Lunatic asylums Madras 1892-1911 - 1892-1911
Year: 1892
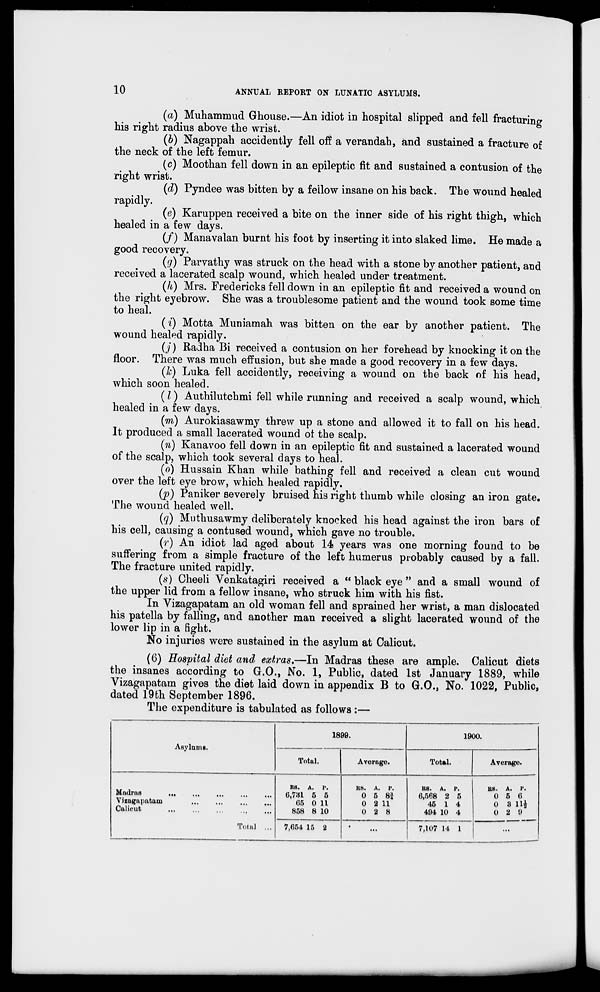
10
ANNUAL REPORT ON LUNATIC ASYLUMS.
(a) Muhammud Ghouse.—An idiot in hospital slipped and fell fracturing
his right radius above the wrist.
(b) Nagappah accidently fell off a verandah, and sustained a fracture of
the neck of the left femur.
(c) Moothan fell down in an epileptic fit and sustained a contusion of the
right wrist.
(d) Pyndee was bitten by a fellow insane on his back. The wound healed
rapidly.
(e) Karuppen received a bite on the inner side of his right thigh, which
healed in a few days.
(/) Manavalan burnt his foot by inserting it into slaked lime. He made a
good recovery.
(g) Parvathy was struck on the head with a stone by another patient, and
received a lacerated scalp wound, which healed under treatment.
(h) Mrs. Fredericks fell down in an epileptic fit and received a wound on
the right eyebrow. She was a troublesome patient and the wound took some time
to heal.
(i) Motta Muniamah was bitten on the ear by another patient. The
wound healed rapidly.
(/) Radha Bi received a contusion on her forehead by knocking it on the
floor. There was much effusion, but she made a good recovery in a few days.
(lc) Luka fell accidently, receiving a wound on the back of his head,
which soon healed.
(I) Authilutchmi fell while running and received a scalp wound, which
healed in a few days.
(m) Aurokiasawmy threw up a stone and allowed it to fall on his head.
It produced a small lacerated wound ot the scalp.
(72.) Kanavoo fell down in an epileptic fit and sustained a lacerated wound
of the scalp, which took several days to heal.
(o) Hussain Khan while bathing fell and received a clean cut wound
over the left eye brow, which healed rapidly.
(p) Paniker severely bruised his right thumb while closing an iron gate.
The wound healed well.
(q) Muthusawmy deliberately knocked his head against the iron bars of
his cell, causing a contused wound, which gave no trouble.
(r) An idiot lad aged about 14 years was one morning found to be
suffering from a simple fracture of the left humerus probably caused by a fall.
The fracture united rapidly.
(s) Oheeli Venkatagiri received a " black eye " and a small wound of
the upper lid from a fellow insane, who struck him with his fist.
In Vizagapatam an old woman fell and sprained her wrist, a man dislocated
his patella by falling, and another man received a slight lacerated wound of the
lower lip in a fight.
No injuries were sustained in the asylum at Calicut.
(6) Hospital diet and. extras.—In Madras these are ample. Calicut diets
the insanes according to G.O., No. 1, Public, dated 1st January 1889, while
Vizagapatam gives the diet laid down in appendix B to G.O., No. 1022, Public,
dated 19fch September 1896.
The expenditure is tabulated as follows :—
Asylnins.
1899.
1900.
Total.
Average.
Total.
Average.
Madras
Vizagapatam
Calicut
Total ...
RS. A. P.
0,731 5 5
65 0 11
858 8 10
B8. A. P.
0 5 8i
0 2 11
0 2 8
KS. A. P.
6,568 2 5
45 1 4
494 10 4
B8. A. P.
0 5 6
0 3 Hi
0 2 9
7,654 15 2
•
7,107 14 1